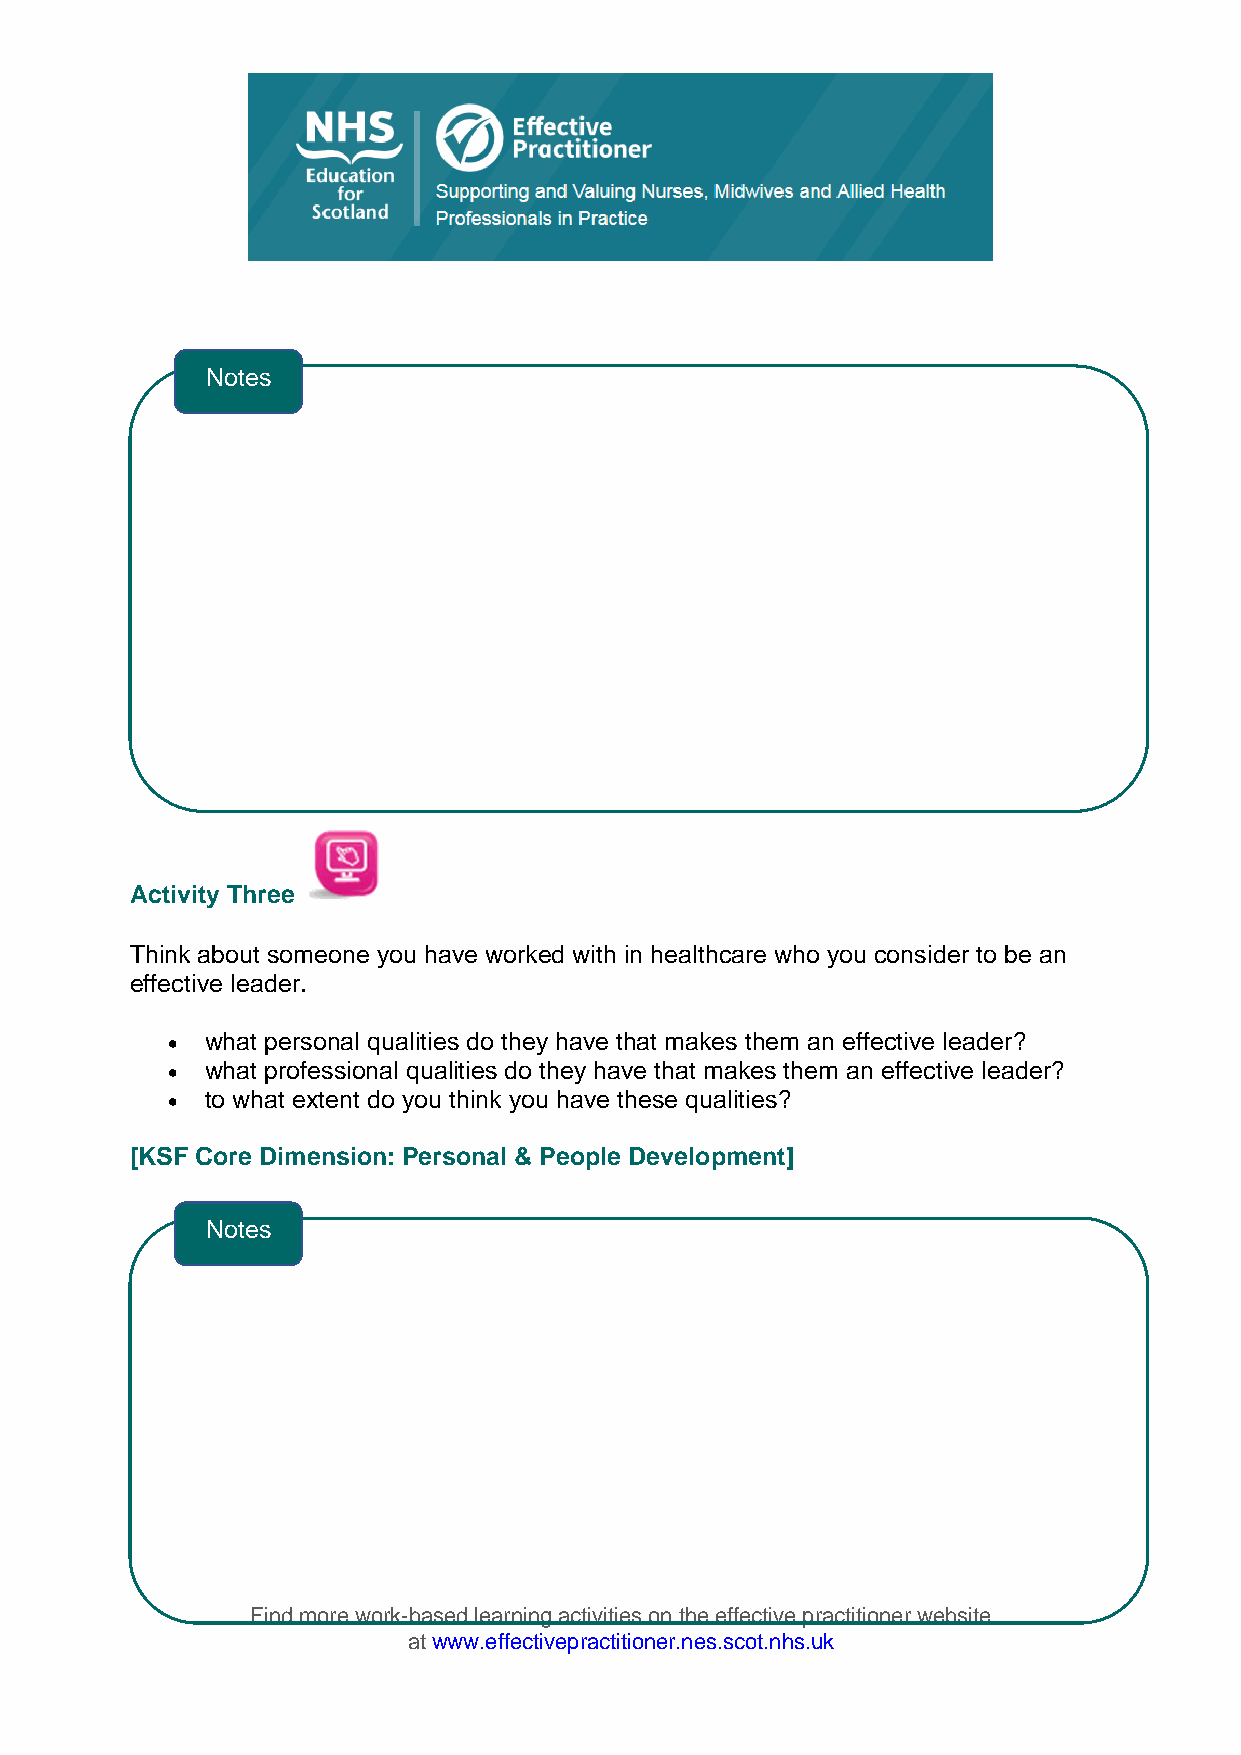
Notes
 Activity Three
 Think about someone you have worked with in healthcare who you consider to be an
 effective leader.
 •  what personal qualities do they have that makes them an effective leader?
 •  what professional qualities do they have that makes them an effective leader?
 •  to what extent do you think you have these qualities?
 [KSF Core Dimension: Personal & People Development]
 Notes
 Find more work-based learning activities on the effective practitioner website
 at www.effectivepractitioner.nes.scot.nhs.uk